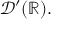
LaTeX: { \mathcal { D } } ^ { \prime } ( \mathbb { R } ) .